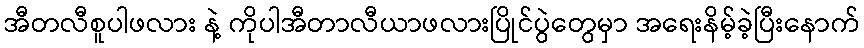
အီတလီစူပါဖလား နဲ့ ကိုပါအီတာလီယာဖလားပြိုင်ပွဲတွေမှာ အရေးနိမ့်ခဲ့ပြီးနောက်